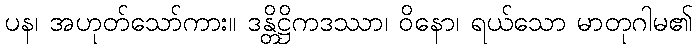
ပန၊ အဟုတ်သော်ကား။ ဒန္တိဋ္ဌိကဒဿာ၊ ဝိနော၊ ရယ်သော မာတုဂါမ၏